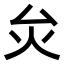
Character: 𤆃